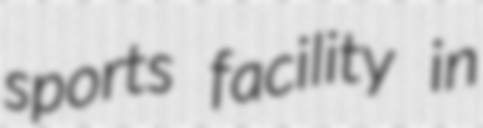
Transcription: sports facility in